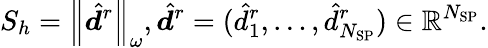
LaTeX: S_{h}=\left\lVert\hat{\boldsymbol{d}}^{r}\right\rVert_{\omega},\hat{\boldsymbol{d}}^{r}=(\hat{d}_{1}^{r},\ldots,\hat{d}_{N_{\mathrm{SP}}}^{r})\in\mathbb{R}^{N_{\mathrm{SP}}}.